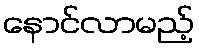
နောင်လာမည့်